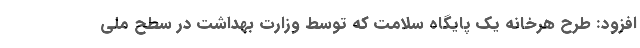
افزود: طرح هرخانه یک پایگاه سلامت که توسط وزارت بهداشت در سطح ملی